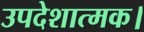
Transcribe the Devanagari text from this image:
उपदेशात्मक।